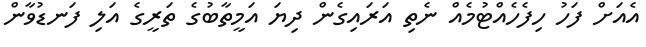
އެއަށް ފަހު ހިފެހެއްޓުމެއް ނެތި އަރައިގެން ދިޔަ އަމީތާބުގެ ތަރީގެ އަލި ފަނޑުވާން